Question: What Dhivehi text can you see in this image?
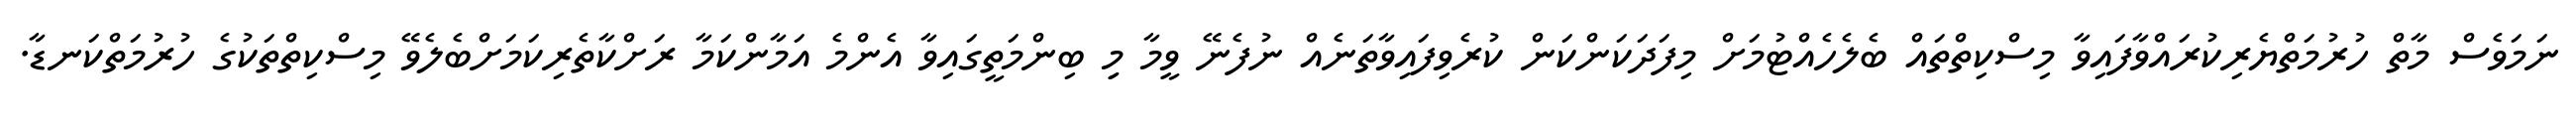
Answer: ނަމަވެސް މާތް ހުރުމަތްޔެރިކުރައްވާފައިވާ މިސްކިތްތައް ބެލެހެއްޓުމަށް މިފަދަކަންކަން ކުރެވިފައިވާތަނެއް ނުފެނޭ ވީމާ މިި ބިންމަތީގައިވާ އެންމެ އަމާންކަމާ ރަށްކާތެރިކަމަށްބެލެވޭ މިސްކިތްތަކުގެ ހުރުމަތްކަނޑާ.